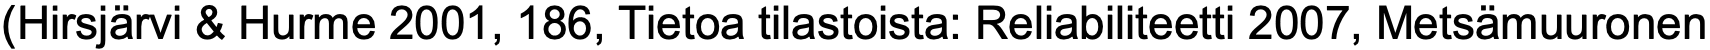
(Hirsjärvi & Hurme 2001, 186, Tietoa tilastoista: Reliabiliteetti 2007, Metsämuuronen